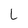
Character: L